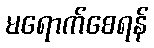
မရောက်စေရန်